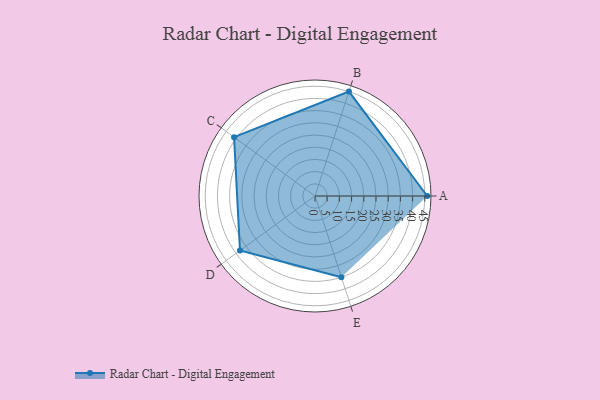
{"axis": {"x": "Skill", "y": "Score"}, "legend": ["Profile"], "data": [{"x": "A", "y": 46.0, "type": "Profile"}, {"x": "B", "y": 45.0, "type": "Profile"}, {"x": "C", "y": 41.0, "type": "Profile"}, {"x": "D", "y": 38.0, "type": "Profile"}, {"x": "E", "y": 35.0, "type": "Profile"}]}